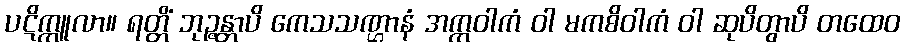
ပဋိက္ကူလာ။ ရတ္တိံ ဘုဉ္ဇန္တာပိ ကေသသဏ္ဌာနံ အက္ကဝါကံ ဝါ မကစိဝါကံ ဝါ ဆုပိတွာပိ တထေဝ